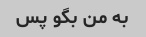
به من بگو پس